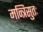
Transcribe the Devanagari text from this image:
मन्त्रिसुतः